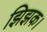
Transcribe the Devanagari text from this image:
झिझक।